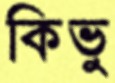
কিভু